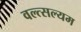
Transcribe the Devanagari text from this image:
वल्त्सल्यम